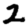
Digit: 2